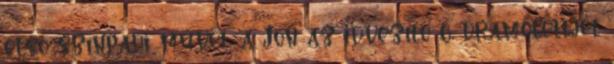
első színpadi művét, a Jön az idvezítő c. dramolettjét